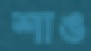
শাঙ